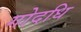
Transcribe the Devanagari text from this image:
गोदधि